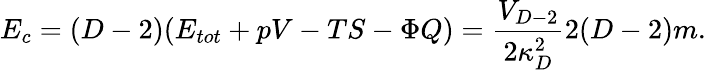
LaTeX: E_{c}=(D-2)(E_{tot}+pV-TS-\Phi Q)={\frac{V_{D-2}}{2\kappa_{D}^{2}}}2(D-2)m.